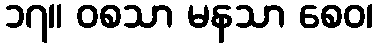
၁၇။ ဝစသာ မနသာ စေဝ၊